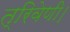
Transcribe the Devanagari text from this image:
त्रिवेणी।